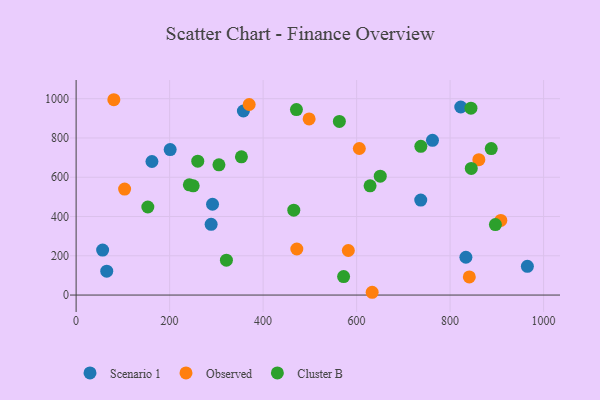
{"axis": {"x": "Engine Size", "y": "Fuel Efficiency"}, "legend": ["Cluster B", "Observed", "Scenario 1"], "data": [{"x": "822.8", "y": 957.8, "type": "Scenario 1"}, {"x": "291.8", "y": 462.6, "type": "Scenario 1"}, {"x": "201.2", "y": 740.8, "type": "Scenario 1"}, {"x": "56.7", "y": 229.2, "type": "Scenario 1"}, {"x": "162.2", "y": 680.2, "type": "Scenario 1"}, {"x": "357.8", "y": 937.3, "type": "Scenario 1"}, {"x": "288.8", "y": 360.3, "type": "Scenario 1"}, {"x": "833.8", "y": 192.5, "type": "Scenario 1"}, {"x": "737.2", "y": 484.0, "type": "Scenario 1"}, {"x": "965.3", "y": 146.3, "type": "Scenario 1"}, {"x": "65.5", "y": 121.8, "type": "Scenario 1"}, {"x": "762.3", "y": 788.0, "type": "Scenario 1"}, {"x": "861.5", "y": 689.4, "type": "Observed"}, {"x": "370.2", "y": 970.4, "type": "Observed"}, {"x": "908.5", "y": 380.2, "type": "Observed"}, {"x": "80.7", "y": 994.8, "type": "Observed"}, {"x": "841.1", "y": 92.4, "type": "Observed"}, {"x": "605.8", "y": 746.4, "type": "Observed"}, {"x": "472.1", "y": 234.6, "type": "Observed"}, {"x": "633.3", "y": 14.2, "type": "Observed"}, {"x": "582.3", "y": 226.9, "type": "Observed"}, {"x": "498.4", "y": 896.8, "type": "Observed"}, {"x": "103.7", "y": 540.0, "type": "Observed"}, {"x": "650.6", "y": 605.3, "type": "Cluster B"}, {"x": "353.6", "y": 704.1, "type": "Cluster B"}, {"x": "845.3", "y": 645.1, "type": "Cluster B"}, {"x": "628.8", "y": 556.2, "type": "Cluster B"}, {"x": "465.6", "y": 432.4, "type": "Cluster B"}, {"x": "260.2", "y": 682.1, "type": "Cluster B"}, {"x": "153.4", "y": 448.5, "type": "Cluster B"}, {"x": "242.2", "y": 561.6, "type": "Cluster B"}, {"x": "321.5", "y": 177.5, "type": "Cluster B"}, {"x": "305.5", "y": 663.5, "type": "Cluster B"}, {"x": "896.9", "y": 359.1, "type": "Cluster B"}, {"x": "737.4", "y": 757.5, "type": "Cluster B"}, {"x": "250.4", "y": 556.3, "type": "Cluster B"}, {"x": "563.1", "y": 884.5, "type": "Cluster B"}, {"x": "471.3", "y": 944.6, "type": "Cluster B"}, {"x": "844.6", "y": 951.8, "type": "Cluster B"}, {"x": "888.0", "y": 745.9, "type": "Cluster B"}, {"x": "572.2", "y": 94.3, "type": "Cluster B"}]}